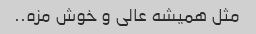
مثل همیشه عالی و خوش مزه..